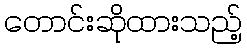
တောင်းဆိုထားသည့်